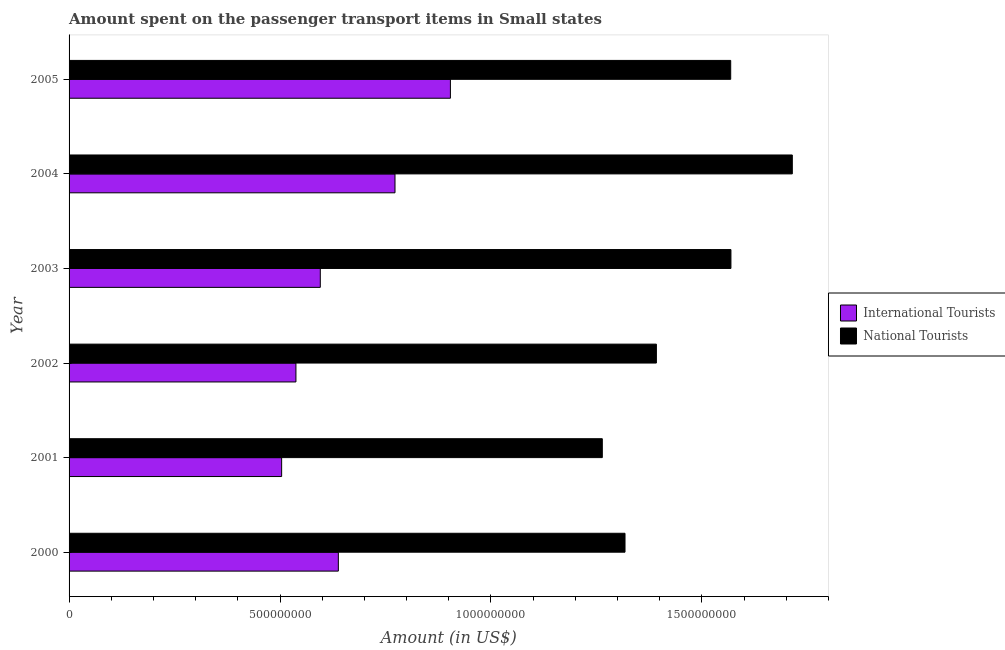
| Year | International Tourists | National Tourists |
 | --- | --- | --- |
 | 2000 | 6.38e+08 | 1.32e+09 |
 | 2001 | 5.04e+08 | 1.26e+09 |
 | 2002 | 5.38e+08 | 1.39e+09 |
 | 2003 | 5.95e+08 | 1.57e+09 |
 | 2004 | 7.73e+08 | 1.71e+09 |
 | 2005 | 9.04e+08 | 1.57e+09 |